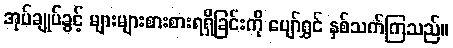
အုပ်ချုပ်ခွင့် များများစားစားရရှိခြင်းကို ပျော်ရွှင် နှစ်သက်ကြသည်။